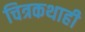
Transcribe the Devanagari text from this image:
चित्रकथाही